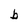
Character: b